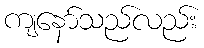
ကျနော်သည်လည်း